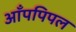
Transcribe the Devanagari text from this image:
आँपपिपल